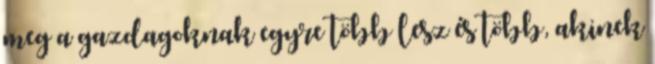
meg a gazdagoknak egyre több lesz és több, akinek